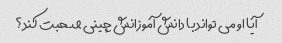
آیا او می تواند با دانش آموزانش چینی صحبت کند؟